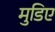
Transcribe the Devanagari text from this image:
मुडिए